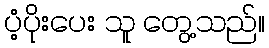
ပံ့ပိုးပေး သူ တွေ့သည်။